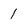
Character: 1